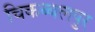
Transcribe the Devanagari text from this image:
चिकब्बलपुर